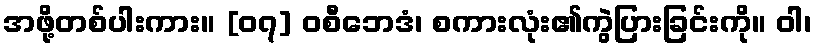
အဖို့တစ်ပါးကား။ [၀၇] ဝစီဘေဒံ၊ စကားလုံး၏ကွဲပြားခြင်းကို။ ဝါ၊